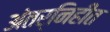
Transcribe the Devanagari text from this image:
अंतर्निहीत